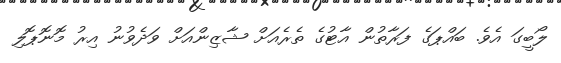
ލޯބީގަ އެވެ. ބައްޕަގެ ފަރާތުން އާޓުގެ ތެރެއަށް ޝާޒިންއަށް ވަދެވުނު އިރު މޮނޮޕޮލި